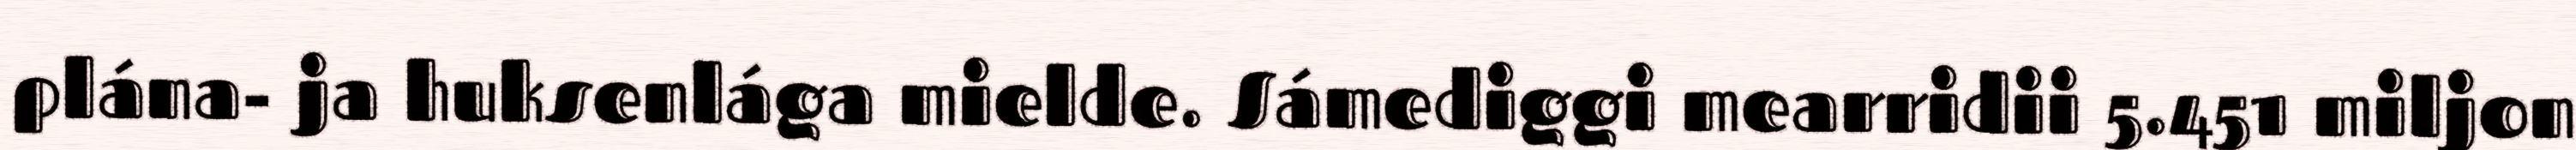
plána- ja huksenlága mielde. Sámediggi mearridii 5.451 miljon